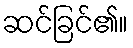
ဆင်ခြင်၏။